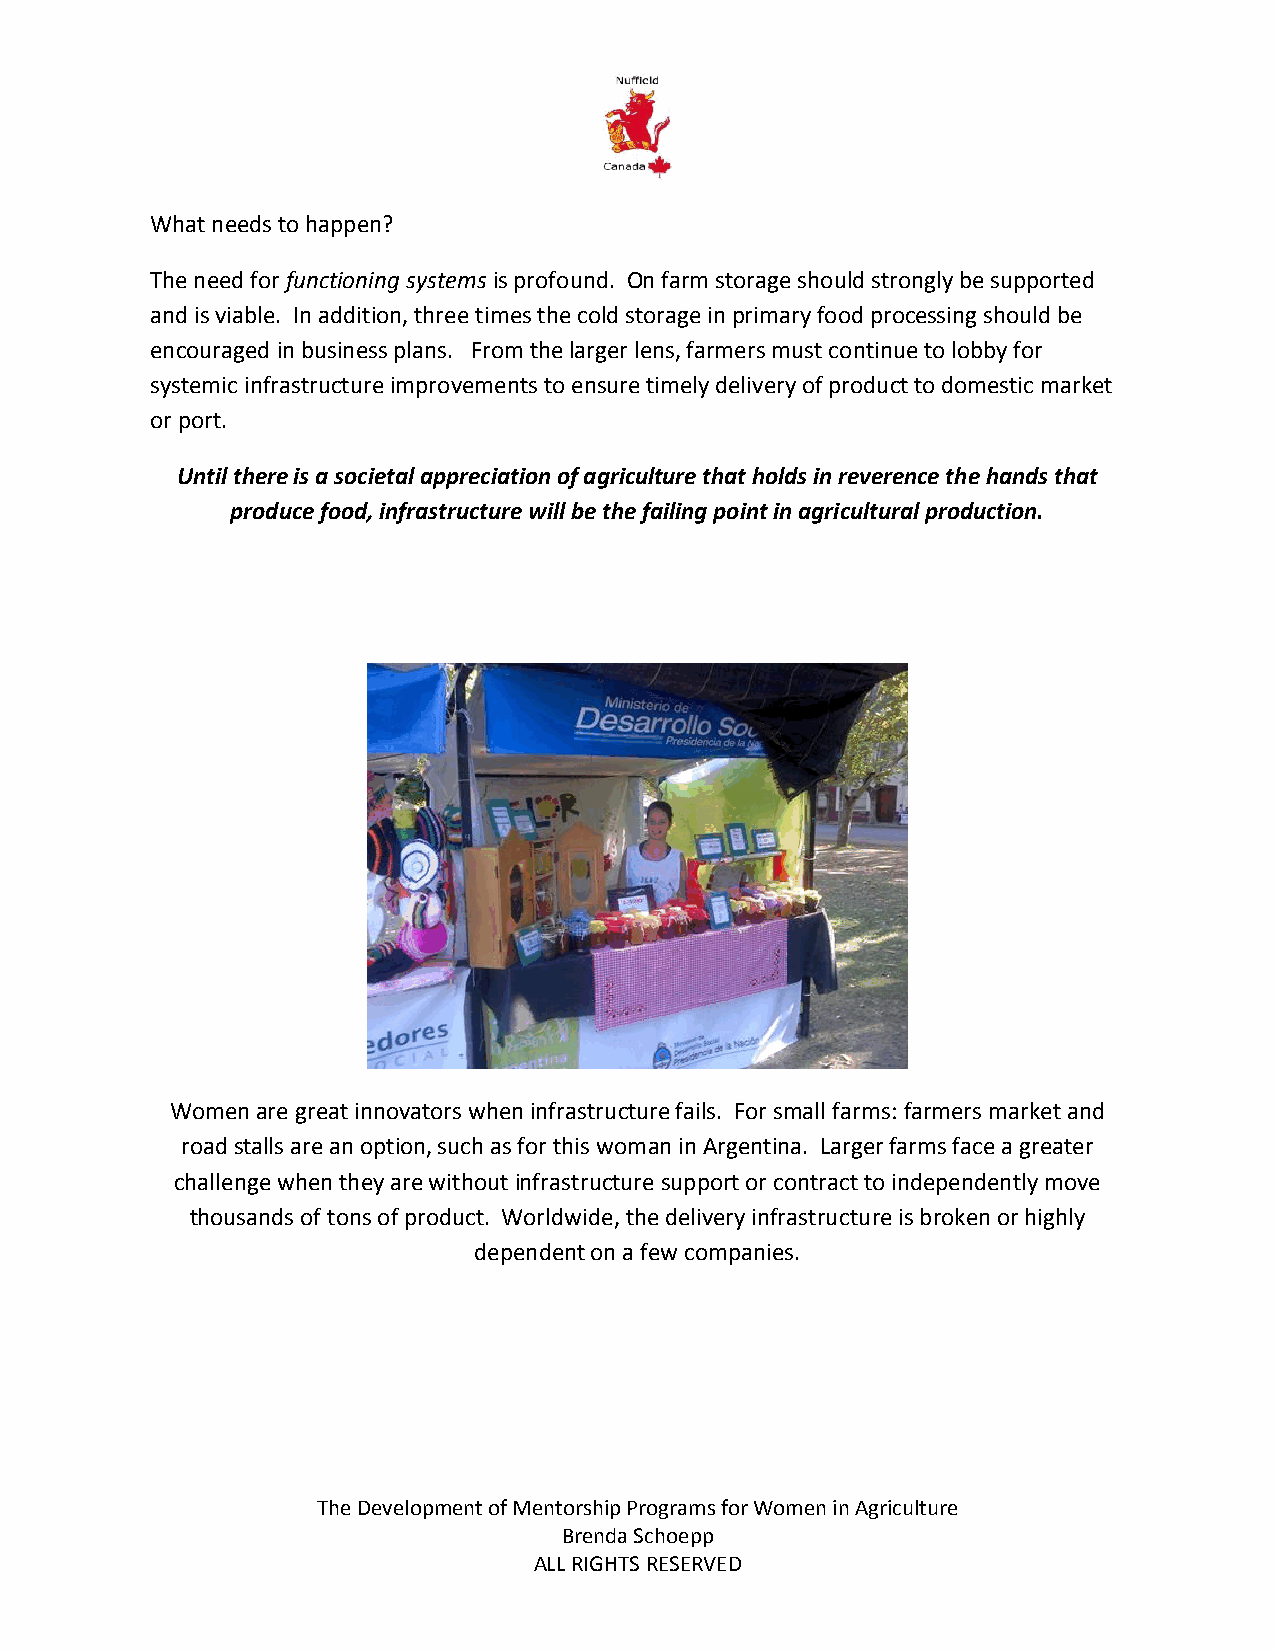
What needs to happen?
 The need for functioning systems is profound. On farm storage should strongly be supported
 and is viable. In addition, three times the cold storage in primary food processing should be
 encouraged in business plans. From the larger lens, farmers must continue to lobby for
 systemic infrastructure improvements to ensure timely delivery of product to domestic market
 or port.
 Until there is a societal appreciation of agriculture that holds in reverence the hands that
 produce food, infrastructure will be the failing point in agricultural production.
 Women are great innovators when infrastructure fails. For small farms: farmers market and
 road stalls are an option, such as for this woman in Argentina. Larger farms face a greater
 challenge when they are without infrastructure support or contract to independently move
 thousands of tons of product. Worldwide, the delivery infrastructure is broken or highly
 dependent on a few companies.
 The Development of Mentorship Programs for Women in Agriculture
 Brenda Schoepp
 ALL RIGHTS RESERVED